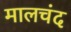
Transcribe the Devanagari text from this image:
मालचंद